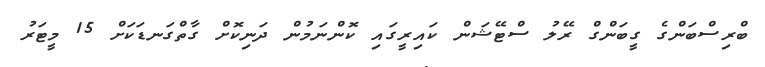
ބްރިސްބަންގެ ގީބަންގް ރޭލު ސްޓޭޝަން ކައިރީގައި ކޮންނަމުން ދަނިކޮށް ގާތްގަނޑަކަށް 15 މީޓަރު